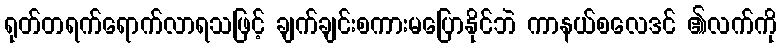
ရုတ်တရက်ရောက်လာရသဖြင့် ချက်ချင်းစကားမပြောနိုင်ဘဲ ကာနယ်စလေဒင် ၏လက်ကို